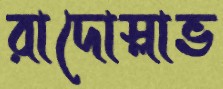
রাদোস্লাভ